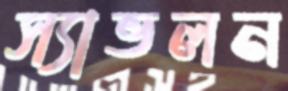
স্যাভলন